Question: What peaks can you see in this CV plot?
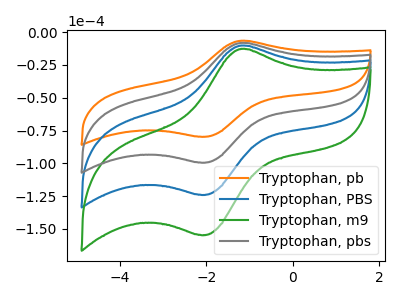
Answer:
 <answer>The orange curve "Tryptophan, pb" has an anodic peak at (-1.20V, -6.60uA) and a cathodic peak at (-2.15V, -79.75uA). The blue curve "Tryptophan, PBS" has an anodic peak at (-1.20V, -16.50uA) and a cathodic peak at (-2.15V, -198.85uA). The green curve "Tryptophan, m9" has an anodic peak at (-1.20V, -24.75uA) and a cathodic peak at (-2.15V, -298.25uA). The gray curve "Tryptophan, pbs" has an anodic peak at (-1.20V, -8.25uA) and a cathodic peak at (-2.15V, -99.40uA).</answer>
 <eval></eval>